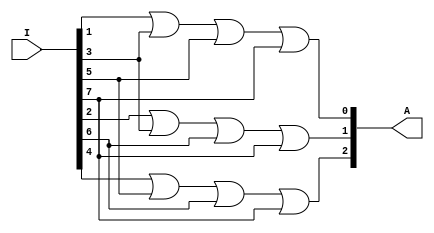
module code8to3(I,A);
input [7:0]I;
output [2:0]A;

assign A[0] = I[1]|I[3]|I[5]|I[7];
assign A[1] = I[2]|I[3]|I[6]|I[7];
assign A[2] = I[4]|I[5]|I[6]|I[7];

endmodule